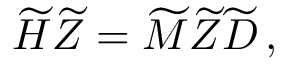
\begin{array} { r } { \widetilde { H } \widetilde { Z } = \widetilde { M } \widetilde { Z } \widetilde { D } \, , } \end{array}